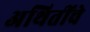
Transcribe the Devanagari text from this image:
अथितींचे